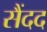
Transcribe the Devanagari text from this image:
सैंदद